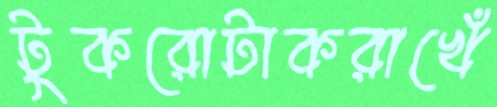
টুকরোটাকরাখেঁ